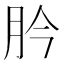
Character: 肣